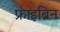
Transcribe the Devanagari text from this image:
फ्राइब्रिन